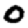
Digit: 0